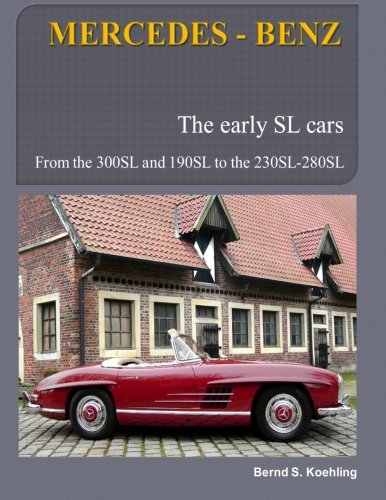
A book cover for MERCEDES-BENZ, The early Mercedes SL cars: W121, W198, W113; Bernd S. Koehling; Engineering & Transportation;